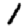
Digit: 1